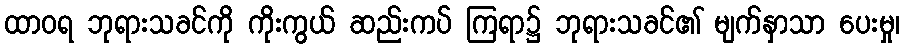
ထာဝရ ဘုရားသခင်ကို ကိုးကွယ် ဆည်းကပ် ကြရာ၌ ဘုရားသခင်၏ မျက်နှာသာ ပေးမှု၊